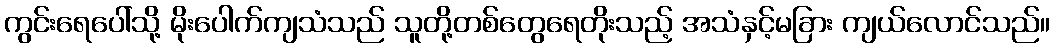
ကွင်းရေပေါ်သို့ မိုးပေါက်ကျသံသည် သူတို့တစ်တွေရေတိုးသည့် အသံနှင့်မခြား ကျယ်လောင်သည်။